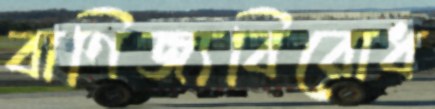
বাণিজ্যবিরোধ